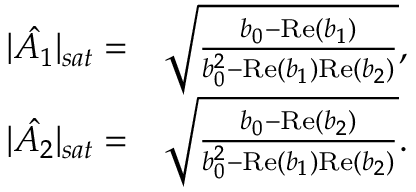
\begin{array} { r l } { | \hat { A _ { 1 } } | _ { s a t } = } & { \sqrt { \frac { b _ { 0 } - \mathrm { R e } ( b _ { 1 } ) } { b _ { 0 } ^ { 2 } - \mathrm { R e } ( b _ { 1 } ) \mathrm { R e } ( b _ { 2 } ) } } , } \\ { | \hat { A _ { 2 } } | _ { s a t } = } & { \sqrt { \frac { b _ { 0 } - \mathrm { R e } ( b _ { 2 } ) } { b _ { 0 } ^ { 2 } - \mathrm { R e } ( b _ { 1 } ) \mathrm { R e } ( b _ { 2 } ) } } . } \end{array}